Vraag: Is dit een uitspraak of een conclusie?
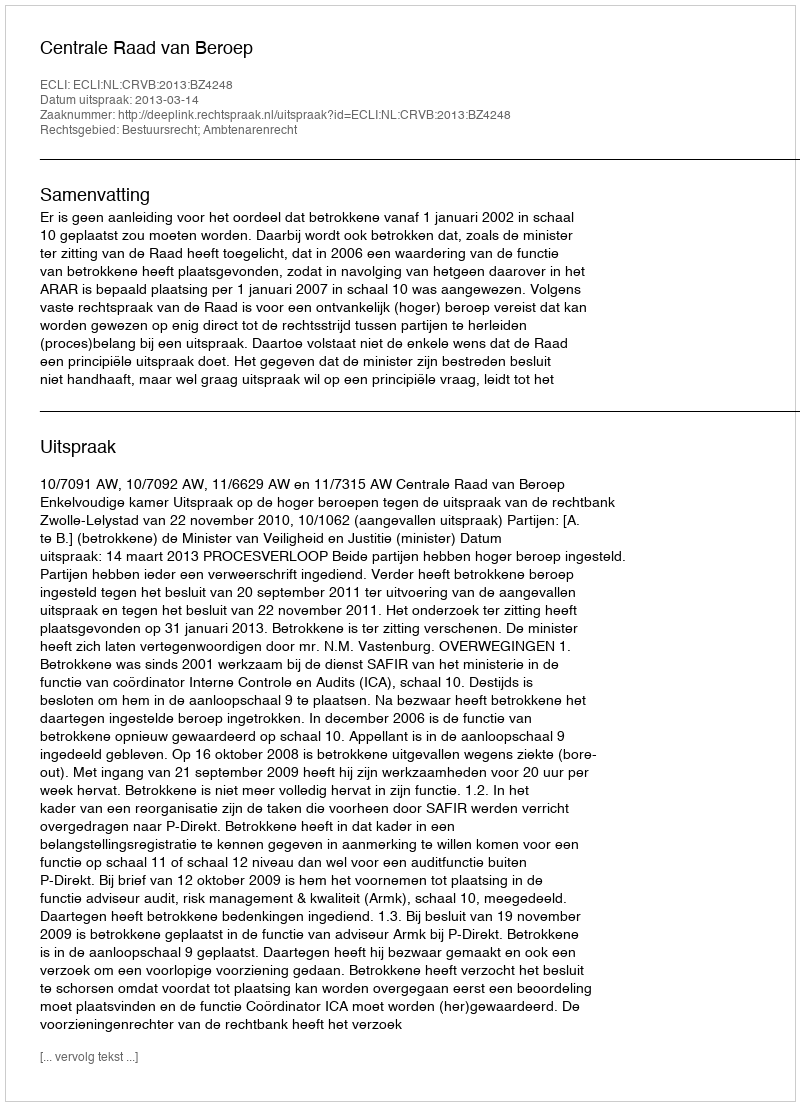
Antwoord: Uitspraak